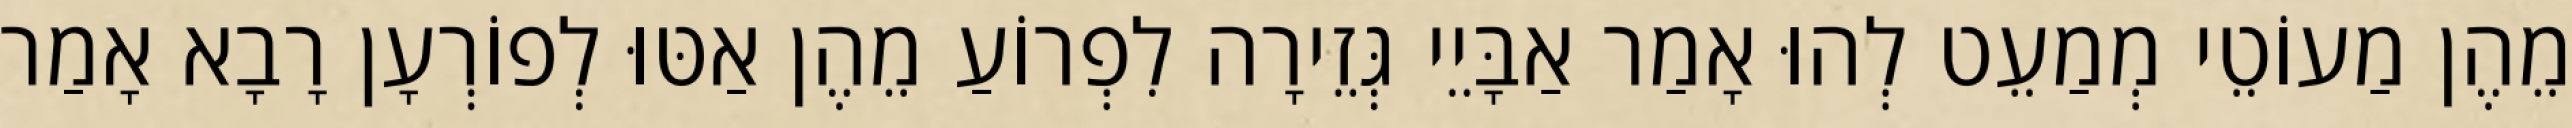
מֵהֶן מַעוֹטֵי מְמַעֵט לְהוּ אָמַר אַבָּיֵי גְּזֵירָה לִפְרוֹעַ מֵהֶן אַטּוּ לְפוֹרְעָן רָבָא אָמַר